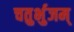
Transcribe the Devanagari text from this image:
चतुर्भुजम्